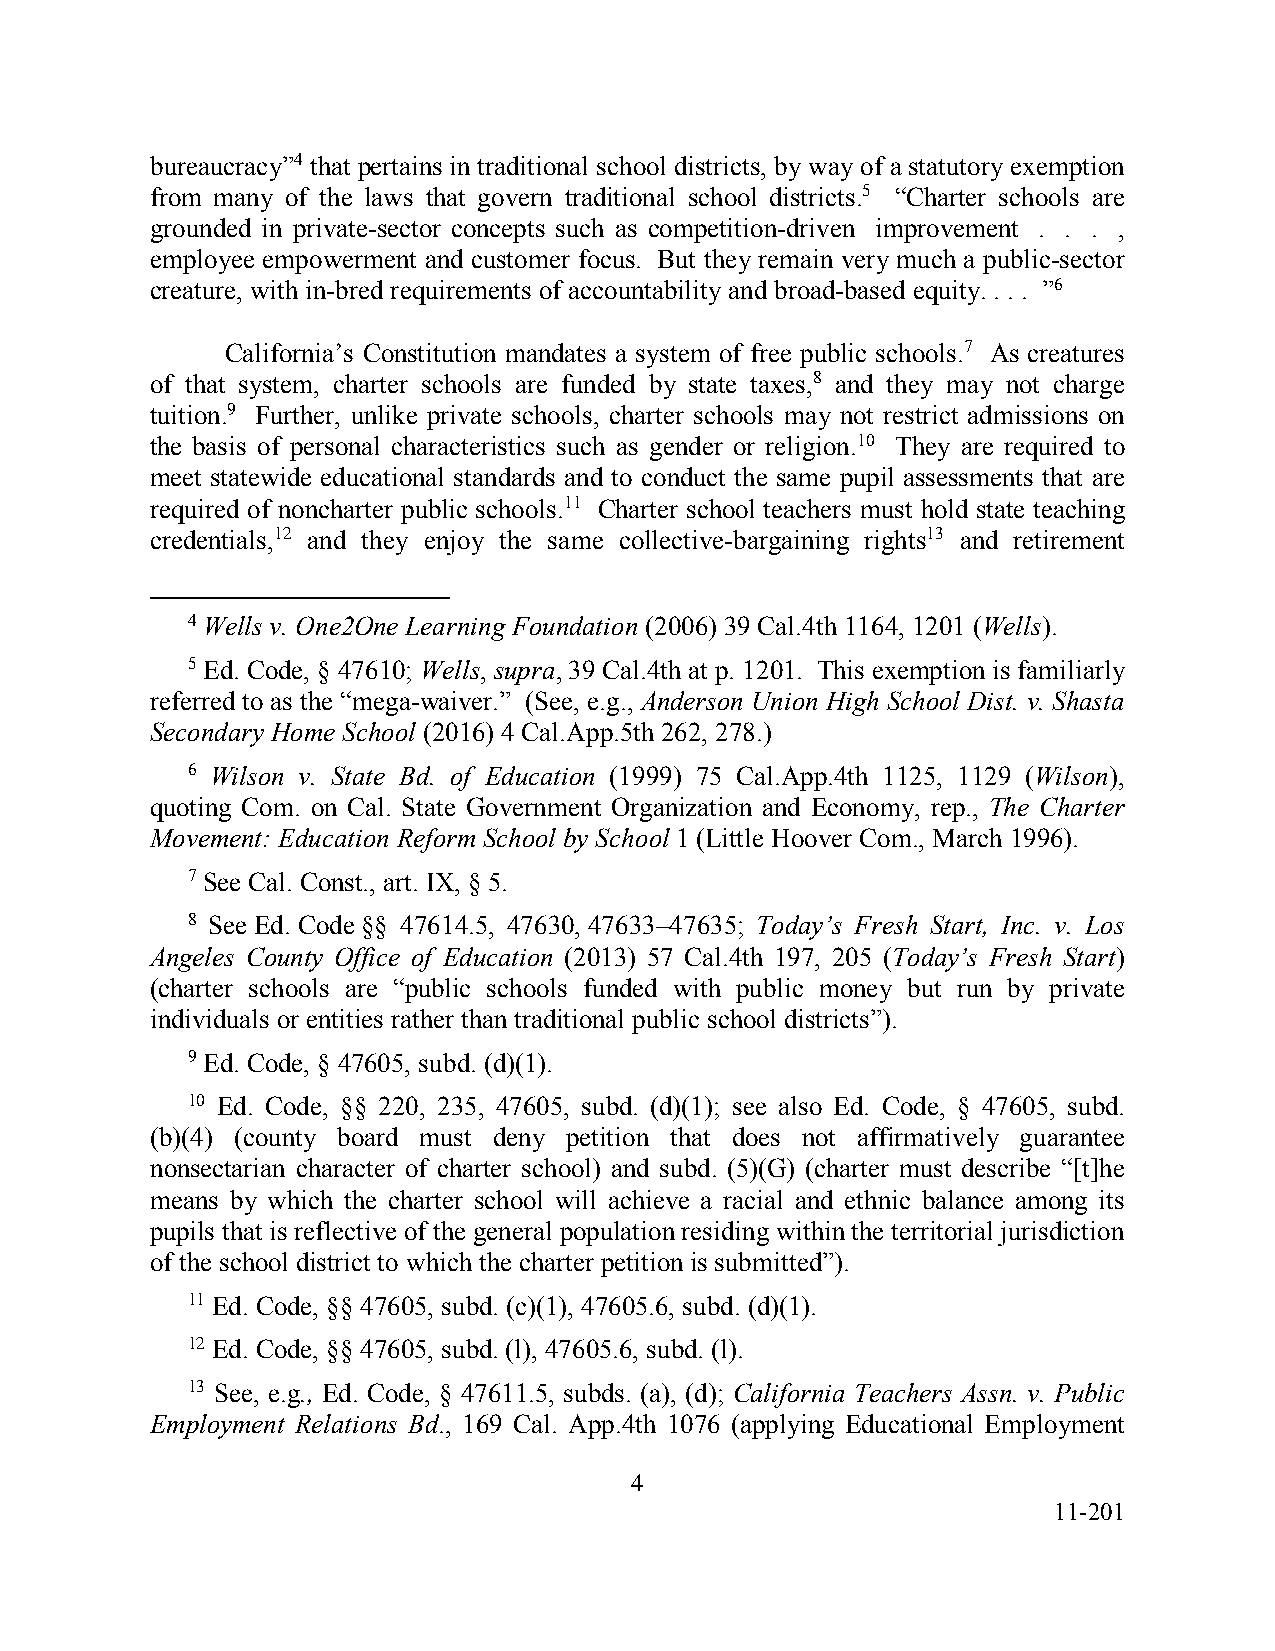
bureaucracy”4 that pertains in traditional school districts, by way of a statutory exemption
 from many of the laws that govern traditional school districts.5 “Charter schools are
 grounded in private-sector concepts such as competition-driven improvement . . . ,
 employee empowerment and customer focus. But they remain very much a public-sector
 creature, with in-bred requirements of accountability and broad-based equity. . . . ”6
 California’s Constitution mandates a system of free public schools.7 As creatures
 of that system, charter schools are funded by state taxes,8 and they may not charge
 tuition.9 Further, unlike private schools, charter schools may not restrict admissions on
 the basis of personal characteristics such as gender or religion.10 They are required to
 meet statewide educational standards and to conduct the same pupil assessments that are
 required of noncharter public schools.11 Charter school teachers must hold state teaching
 credentials,12 and they enjoy the same collective-bargaining rights13 and retirement
 4 Wells v. One2One Learning Foundation (2006) 39 Cal.4th 1164, 1201 (Wells).
 5 Ed. Code, § 47610; Wells, supra, 39 Cal.4th at p. 1201. This exemption is familiarly
 referred to as the “mega-waiver.” (See, e.g., Anderson Union High School Dist. v. Shasta
 Secondary Home School (2016) 4 Cal.App.5th 262, 278.)
 6 Wilson v. State Bd. of Education (1999) 75 Cal.App.4th 1125, 1129 (Wilson),
 quoting Com. on Cal. State Government Organization and Economy, rep., The Charter
 Movement: Education Reform School by School 1 (Little Hoover Com., March 1996).
 7 See Cal. Const., art. IX, § 5.
 8 See Ed. Code §§ 47614.5, 47630, 47633–47635; Today’s Fresh Start, Inc. v. Los
 Angeles County Office of Education (2013) 57 Cal.4th 197, 205 (Today’s Fresh Start)
 (charter schools are “public schools funded with public money but run by private
 individuals or entities rather than traditional public school districts”).
 9 Ed. Code, § 47605, subd. (d)(1).
 10 Ed. Code, §§ 220, 235, 47605, subd. (d)(1); see also Ed. Code, § 47605, subd.
 (b)(4) (county board must deny petition that does not affirmatively guarantee
 nonsectarian character of charter school) and subd. (5)(G) (charter must describe “[t]he
 means by which the charter school will achieve a racial and ethnic balance among its
 pupils that is reflective of the general population residing within the territorial jurisdiction
 of the school district to which the charter petition is submitted”).
 11 Ed. Code, §§ 47605, subd. (c)(1), 47605.6, subd. (d)(1).
 12 Ed. Code, §§ 47605, subd. (l), 47605.6, subd. (l).
 13 See, e.g., Ed. Code, § 47611.5, subds. (a), (d); California Teachers Assn. v. Public
 Employment Relations Bd., 169 Cal. App.4th 1076 (applying Educational Employment
 4
 11-201